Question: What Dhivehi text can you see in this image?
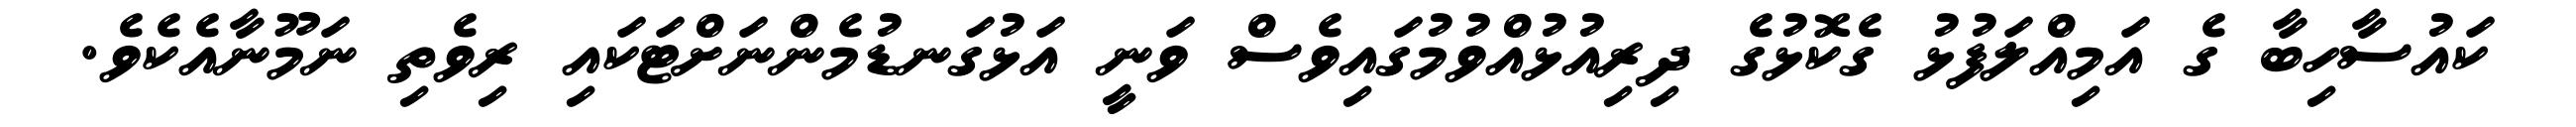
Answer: ކައުސާހިބާ ގެ އަމިއްލަފުޅު ގެކޮޅުގެ ދިރިއުޅުއްވުމުގައިވެސް ވަނީ އަޅުގަނޑުމެންނަށްޓަކައި ރިވެތި ނަމޫނާއެކެވެ.